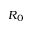
R _ { 0 }